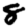
Digit: 8